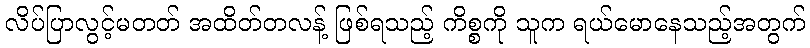
လိပ်ပြာလွင့်မတတ် အထိတ်တလန့် ဖြစ်ရသည့် ကိစ္စကို သူက ရယ်မောနေသည့်အတွက်